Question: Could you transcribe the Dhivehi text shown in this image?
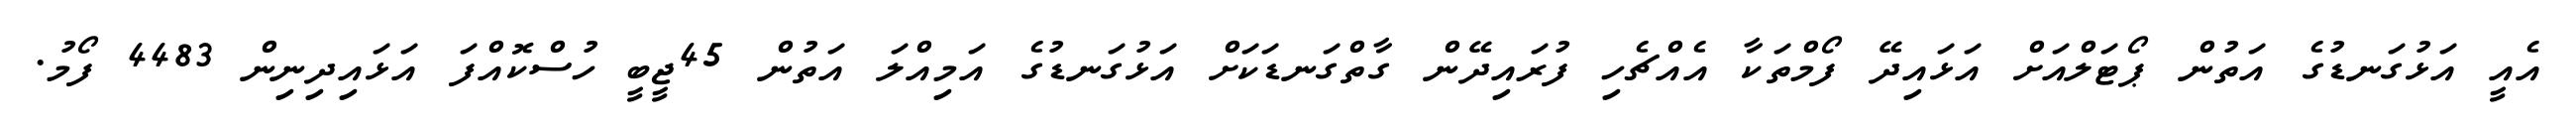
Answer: އެއީ އަޅުގަނޑުގެ އަތުން ޕޯޓަލްއަށް އަޅައިދޭ ފޯމްތަކާ އެއްޗެހި ފުރައިދޭން ގާތްގަނޑަކަށް އަޅުގަނޑުގެ އަމިއްލަ އަތުން 45ޖީބީ ހުސްކޮއްފަ އަޅައިދިނިން 4483 ފޯމު.